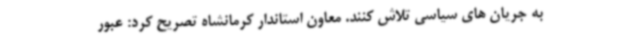
به جریان های سیاسی تلاش کنند. معاون استاندار کرمانشاه تصریح کرد: عبور